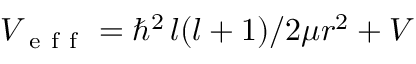
V _ { \mathrm { ~ e ~ f ~ f ~ } } = \hbar ^ { 2 } \, l ( l + 1 ) / 2 \mu r ^ { 2 } + V